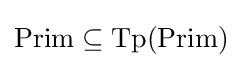
{\text{Prim}}\subseteq {\text{Tp}}({\text{Prim}})